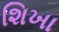
શિખા